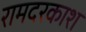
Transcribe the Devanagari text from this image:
रामदरकाश